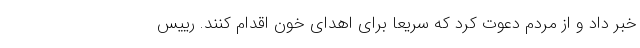
خبر داد و از مردم دعوت کرد که سریعا برای اهدای خون اقدام کنند. رییس